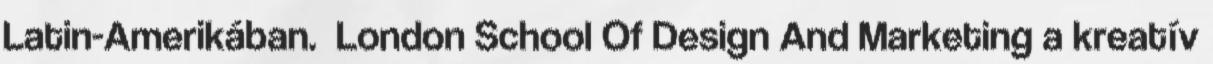
Latin-Amerikában. London School Of Design And Marketing a kreatív